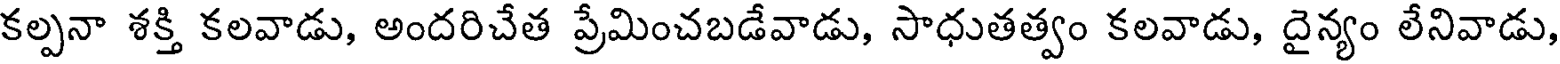
కల్పనా శక్తి కలవాడు, అందరిచేత ప్రేమించబడేవాడు, సాధుతత్వం కలవాడు, దైన్యం లేనివాడు,